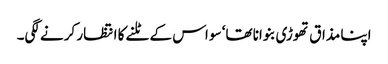
اپنا مذاق تھوڑی بنوانا تھا‘ سو اس کے ٹلنے کا انتظار کرنے لگی۔